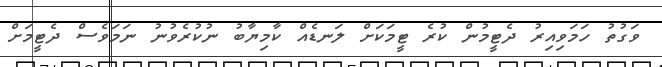
ވަގުތު ހަމަވިއިރު ދެޓީމުން ކުރެ ޓީމަކަށް ލަނޑެއް ކާމިޔާބު ނުކުރެވުނު ނަމަވެސް ދެޓީމަށް